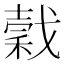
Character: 𢧺